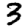
Digit: 3